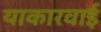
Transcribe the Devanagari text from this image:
याकारवाई